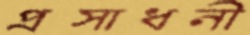
প্রসাধনী